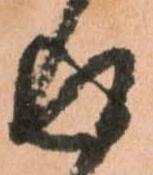
返